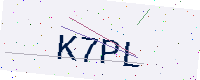
Text: K7PL